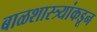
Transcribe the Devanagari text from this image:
बाळशास्त्र्यांकडून